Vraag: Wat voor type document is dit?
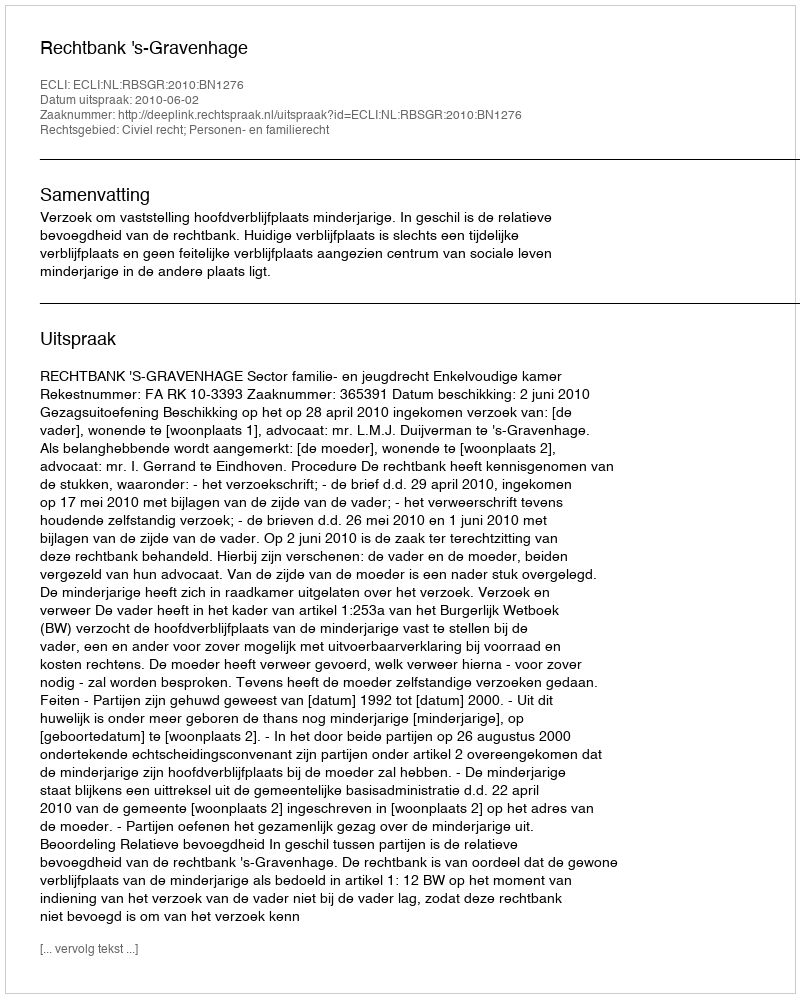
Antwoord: Uitspraak